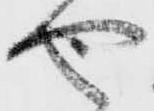
や